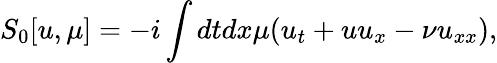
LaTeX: S_{0}[u,\mu]=-i\int dtdx\mu(u_{t}+uu_{x}-\nu u_{xx}),